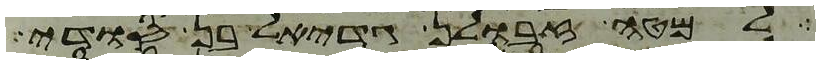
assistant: למטה זבולן גדיאל בן סודי